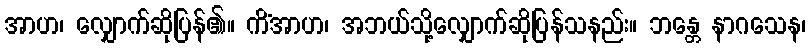
အာဟ၊ လျှောက်ဆိုပြန်၏။ ကိံအာဟ၊ အဘယ်သို့လျှောက်ဆိုပြန်သနည်း။ ဘန္တေ နာဂသေန၊